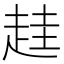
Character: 䞨